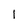
Character: 1